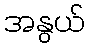
အနွယ်